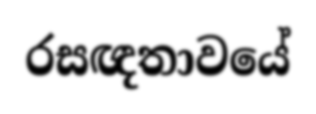
රසඥතාවයේ